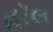
હૉલ